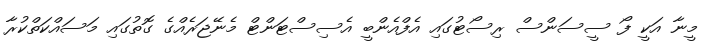
މީނާ އަކީ ފޯ ސީސަންސް ރިސޯޓުގައި އެފްއެންބީ އެސިސްޓަންޓް މެނޭޖަރެއްގެ ގޮތުގައި މަސައްކަތްކުރާ